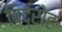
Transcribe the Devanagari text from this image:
बिद्रोह